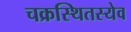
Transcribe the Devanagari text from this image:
चक्रस्थितस्येव